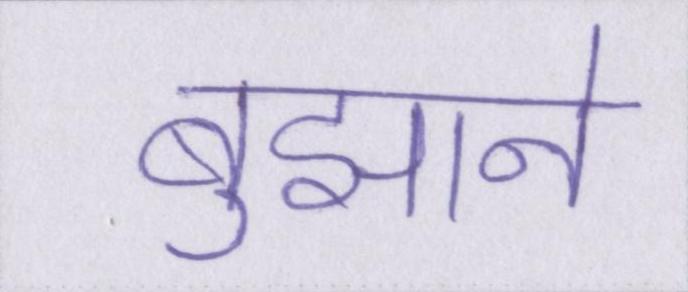
बुझाने